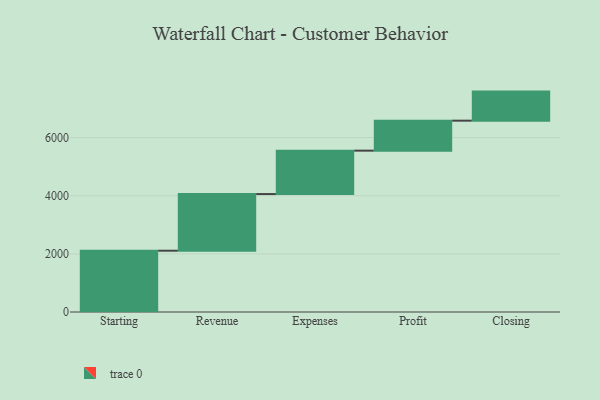
{"axis": {"x": "Step", "y": "Value"}, "legend": [""], "data": [{"x": "Starting", "y": 2108.0, "type": ""}, {"x": "Revenue", "y": 1949.0, "type": ""}, {"x": "Expenses", "y": 1493.0, "type": ""}, {"x": "Profit", "y": 1031.0, "type": ""}, {"x": "Closing", "y": 1000, "type": ""}]}